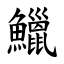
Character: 鱲